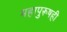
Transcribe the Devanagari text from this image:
महापुरूषही